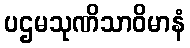
ပဌမသုဏိသာဝိမာနံ